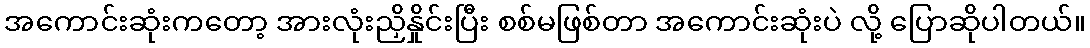
အကောင်းဆုံးကတော့ အားလုံးညှိနှိုင်းပြီး စစ်မဖြစ်တာ အကောင်းဆုံးပဲ လို့ ပြောဆိုပါတယ်။